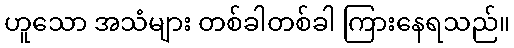
ဟူသော အသံများ တစ်ခါတစ်ခါ ကြားနေရသည်။